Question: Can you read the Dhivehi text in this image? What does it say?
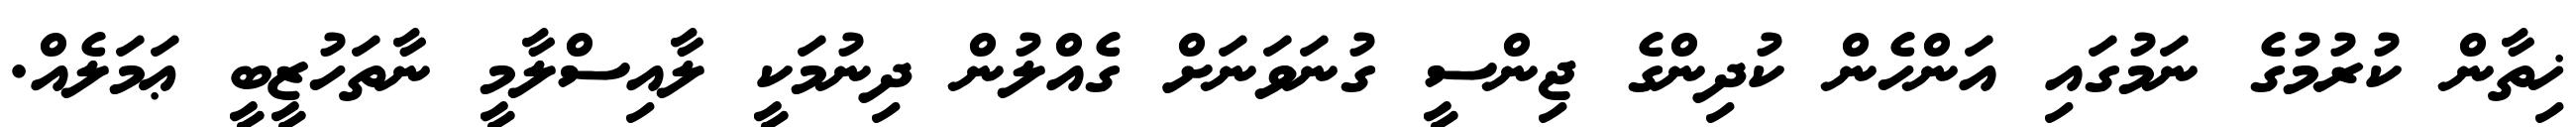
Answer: ޚިތާން ކުރުމުގެ ނަމުގައި އަންހެން ކުދިންގެ ޖިންސީ ގުނަވަނަށް ގެއްލުން ދިނުމަކީ ލާއިސްލާމީ ނާތަހުޒީބީ ޢަމަލެއް.